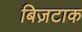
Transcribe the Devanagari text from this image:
बिज़टाक